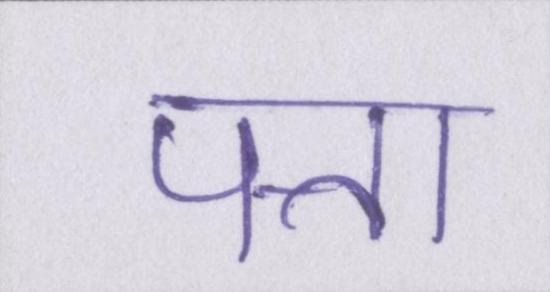
पत्ता